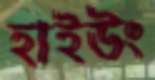
হাইউং